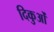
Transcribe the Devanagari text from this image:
दिकुओं